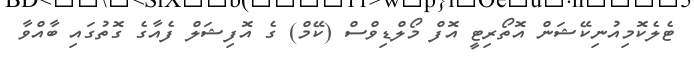
ޓެލެކޮމިއުނިކޭޝަން އޮތޯރިޓީ އޮފް މޯލްޑިވްސް (ކޭމް) ގެ އޮފިޝަލް ފެއާގެ ގޮތުގައި ބާއްވާ